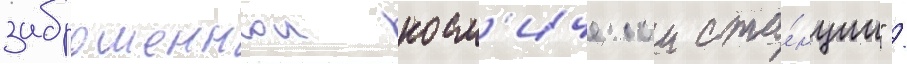
заброшеннои косм'ическои ста́нции" /